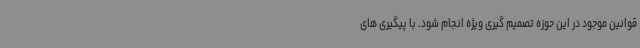
قوانین موجود در این حوزه تصمیم گیری ویژه انجام شود. با پیگیری های